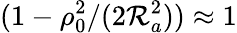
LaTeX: (1-\rho_{0}^{2}/(2\mathcal{R}_{a}^{2}))\approx1